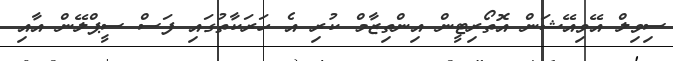
ސިވިލް އޭވިއޭޝަން އޮތޯރިޓީން އިންތިޒާމް ކުރި އެ ހަރަކާތުގައި ފަސް ސީޕްލޭން އާއި